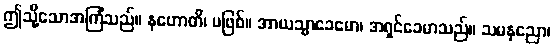
ဤသို့သောအကြံသည်။ နဟောတိ၊ မဖြစ်။ အာယသ္မာခေမော၊ အရှင်ခေမာသည်။ သမနုညော၊